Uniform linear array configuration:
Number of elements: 12
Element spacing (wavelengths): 0.75
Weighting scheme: exponential
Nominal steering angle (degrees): -30
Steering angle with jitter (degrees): -30.909
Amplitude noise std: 0.05
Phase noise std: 0.05

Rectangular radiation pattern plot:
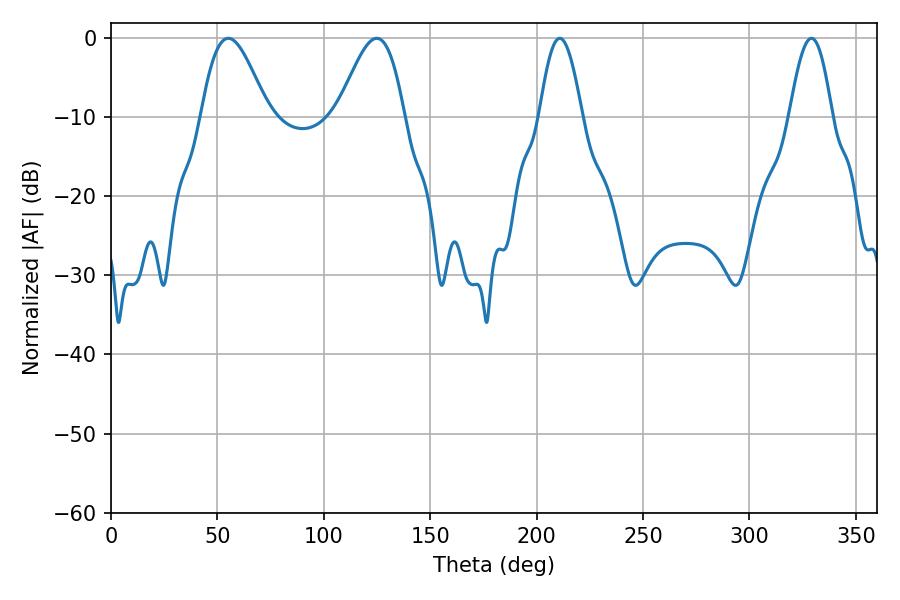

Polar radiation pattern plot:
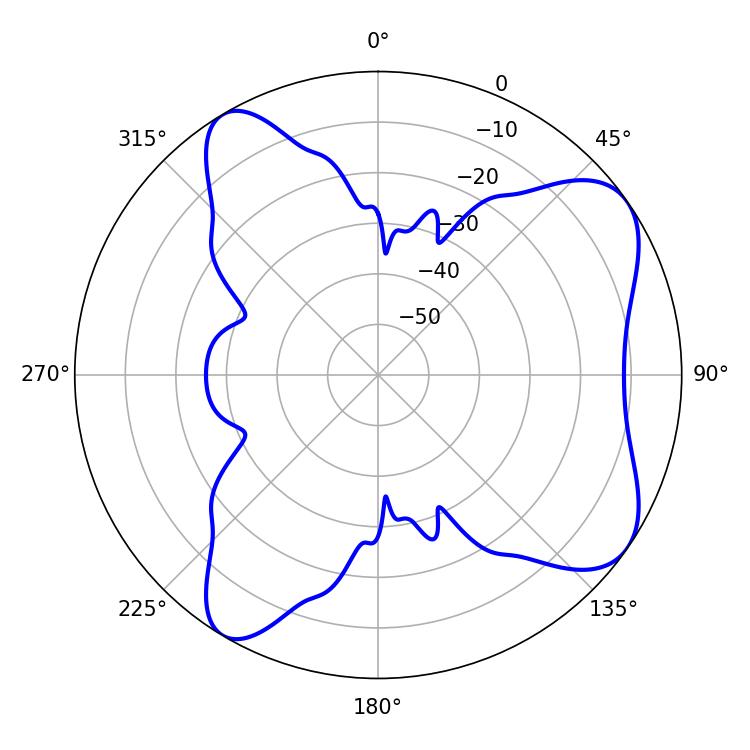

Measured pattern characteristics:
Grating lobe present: TRUE
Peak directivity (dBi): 7.496
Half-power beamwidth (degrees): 16.74
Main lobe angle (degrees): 55.08